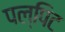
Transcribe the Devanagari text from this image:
पल्पिट